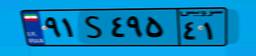
۹۴S۳۴۰۸۴